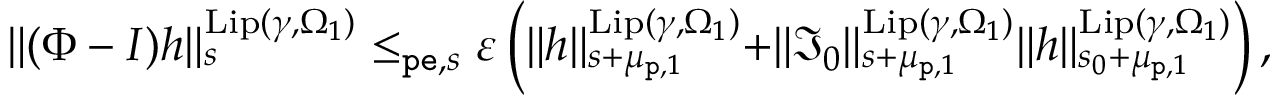
\begin{array} { r } { \rVert ( \Phi - I ) h \rVert _ { s } ^ { \mathrm { L i p } ( \gamma , \Omega _ { 1 } ) } \le _ { \mathtt { p e } , s } \varepsilon \left( \rVert h \rVert _ { s + \mu _ { \mathtt { p } , 1 } } ^ { \mathrm { L i p } ( \gamma , \Omega _ { 1 } ) } + \rVert \mathfrak { I } _ { 0 } \rVert _ { s + \mu _ { \mathtt { p } , 1 } } ^ { \mathrm { L i p } ( \gamma , \Omega _ { 1 } ) } \rVert h \rVert _ { s _ { 0 } + \mu _ { \mathtt { p } , 1 } } ^ { \mathrm { L i p } ( \gamma , \Omega _ { 1 } ) } \right) , } \end{array}